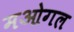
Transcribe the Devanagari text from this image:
मओगल